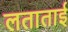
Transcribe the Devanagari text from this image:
लताताई